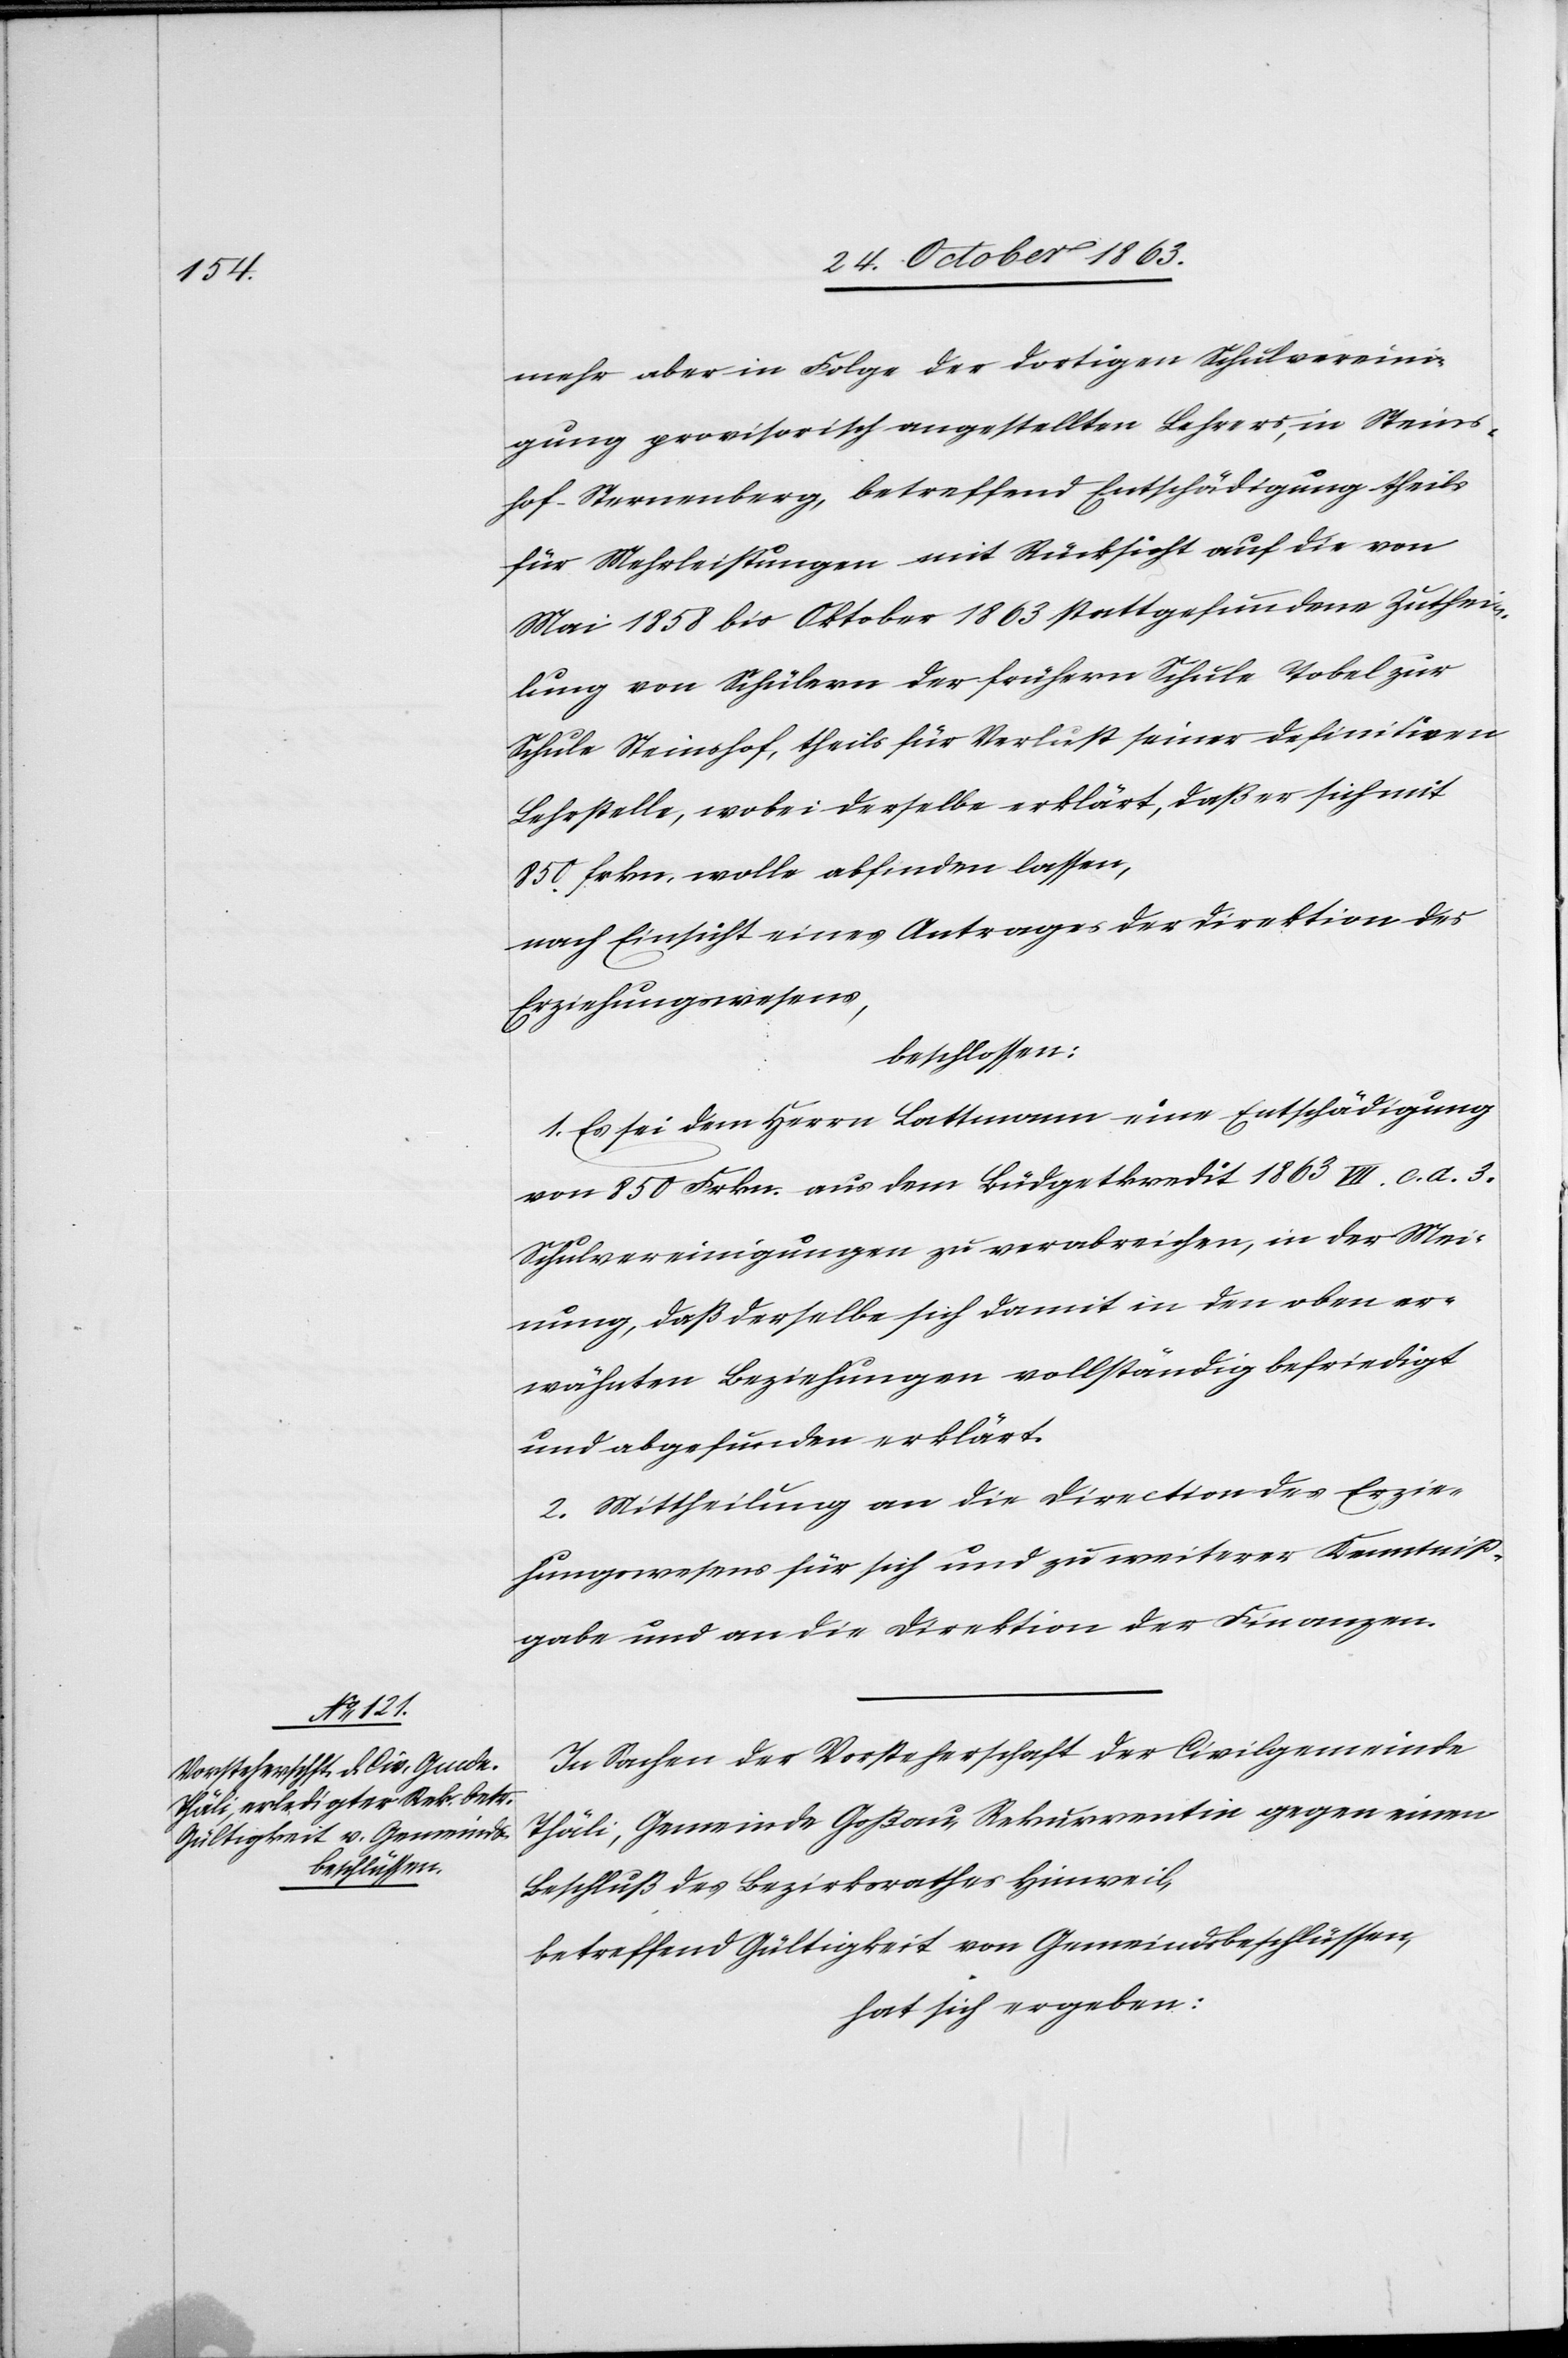
mehr aber in Folge der dortigen Schulvereini¬
gung provisorisch angestellten Lehrers, in Steins¬
hof-Sternenberg, betreffend Entschädigung theils
für Mehrleistungen mit Rücksicht auf die von
Mai 1858 bis Oktober 1863 stattgefundene Zuthei¬
lung von Schülern der frühern Schule Tobel zur
Schule Steinshof, theils für Verlust seiner definitiven
Lehrstelle, wobei derselbe erklärt, daß er sich mit
850 frkn. wolle abfinden lassen,
nach Einsicht eines Antrages der Direktion des
Erziehungswesens,
beschlossen:
1. Es sei dem Herrn Lattmann eine Entschädigung
von 850 Frkn. aus dem Büdgetkredit 1863 VII. c. a. 3.
Schulvereinigungen zu verabreichen, in der Mei¬
nung, daß derselbe sich damit in den oben er¬
wähnten Beziehungen vollständig befriedigt
und abgefunden erklärt.
2. Mittheilung an die Direction des Erzie¬
hungswesens für sich und zu weiterer Kenntniß¬
gabe und an die Direktion der Finanzen.
In Sachen der Vorsteherschaft der Civilgemeinde
Thäli, Gemeinde Goßau, Rekurrentin gegen einen
Beschluß des Bezirksrathes Hinweil,
betreffend Gültigkeit von Gemeindsbeschlüssen,
hat sich ergeben: